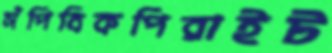
সঁপিবিকপিরাইট